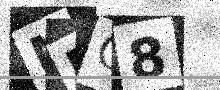
Text: MDC8